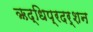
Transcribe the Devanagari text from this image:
ऋद्धिप्रदर्शन